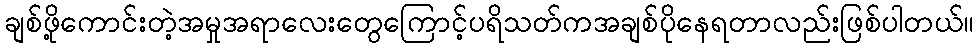
ချစ်ဖို့ကောင်းတဲ့အမှုအရာလေးတွေကြောင့်ပရိသတ်ကအချစ်ပိုနေရတာလည်းဖြစ်ပါတယ်။